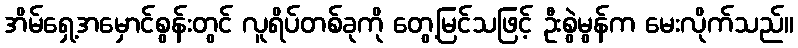
အိမ်ရှေ့အမှောင်စွန်းတွင် လူရိပ်တစ်ခုကို တွေ့မြင်သဖြင့် ဦးစွဲမွန်က မေးလိုက်သည်။